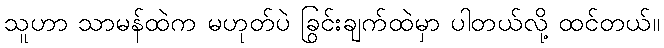
သူဟာ သာမန်ထဲက မဟုတ်ပဲ ခြွင်းချက်ထဲမှာ ပါတယ်လို့ ထင်တယ်။